Assam Mental Hospital (Tezpur, India) - 1933-1948
Year: 1933
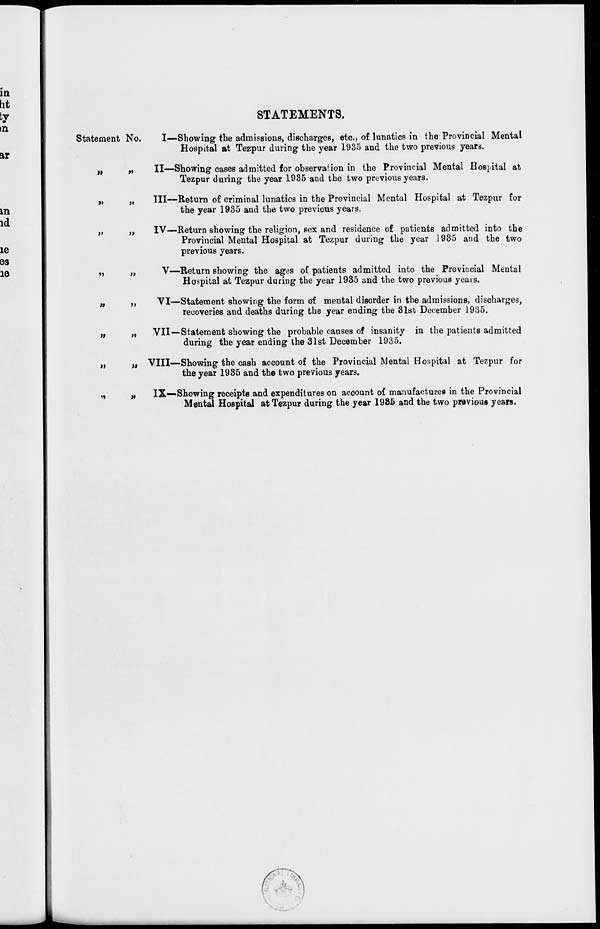
STATEMENTS.
Statement No.
„ „
„ „
„ „
„ „
„ „
„ „
„ „
„ „
I—Showing the admissions, discharges, etc., of lunatics in the Provincial Mental
Hospital at Tezpur during the year 1935 and the two previous years.
II—Showing cases admitted for observation in the Provincial Mental Hospital at
Tezpur during the year 1935 and the two previous years.
III—Return of criminal lunatics in the Provincial Mental Hospital at Tezpur for
the year 1935 and the two previous years.
IV—Return showing the religion, sex and residence of patients admitted into the
Provincial Mental Hospital at Tezpur during the year 1935 and the two
previous years.
V—Return showing the ages of patients admitted into the Provincial Mental
Hospital at Tezpur during the year 1935 and the two previous years.
VI—Statement showing the form of mental disorder in the admissions, discharges,
recoveries and deaths during the year ending the 31st December 1935.
VII—Statement showing the probable causes of insanity in the patients admitted
during the year ending the 31st December 1935.
VIII—Showing the cash account of the Provincial Mental Hospital at Tezpur for
the year 1935 and the two previous years.
IX—Showing receipts and expenditures on account of manufactures in the Provincial
Mental Hospital at Tezpur during the year 1935 and the two previous years.